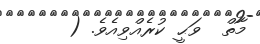
މާތް  ވަޙީ ކުރެއްވިއެވެ. (